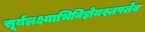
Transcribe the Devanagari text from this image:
सूर्यलक्ष्याभिविज्ञेयस्तपतेव